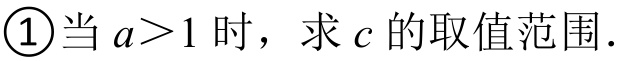
\textcircled{1}当\(a > 1\)时，求\(c\)的取值范围．